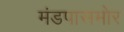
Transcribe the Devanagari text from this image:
मंडपासमोर